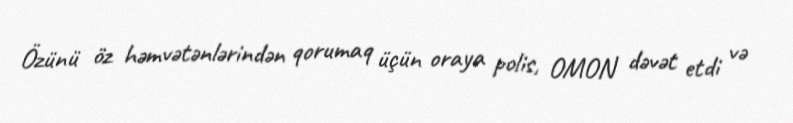
Özünü öz həmvətənlərindən qorumaq üçün oraya polis, OMON dəvət etdi və